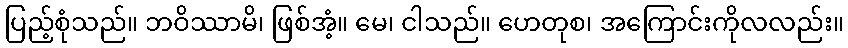
ပြည့်စုံသည်။ ဘဝိဿာမိ၊ ဖြစ်အံ့။ မေ၊ ငါသည်။ ဟေတုစ၊ အကြောင်းကိုလလည်း။